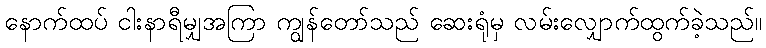
နောက်ထပ် ငါးနာရီမျှအကြာ ကျွန်တော်သည် ဆေးရုံမှ လမ်းလျှောက်ထွက်ခဲ့သည်။